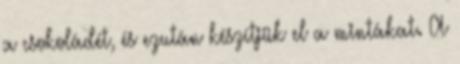
a csokoládét, és ezután készítjük el a mintákat. A